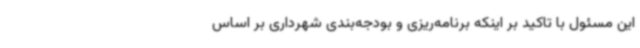
این مسئول با تاکید بر اینکه برنامه‌ریزی و بودجه‌بندی شهرداری بر اساس